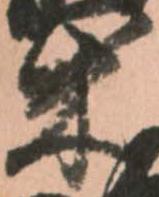
柴